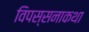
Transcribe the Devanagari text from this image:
विपस्सनाकथा